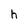
Character: h